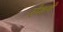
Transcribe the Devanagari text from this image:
रोशने